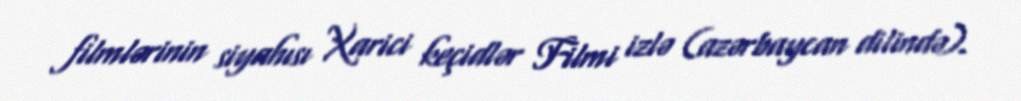
filmlərinin siyahısı Xarici keçidlər Filmi izlə (azərbaycan dilində).